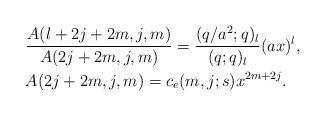
LaTeX: \begin{align*}&{A(l+2j+2m,j,m)\over A(2j+2m,j,m)}={(q/a^2;q)_l\over (q;q)_l} (ax)^l,\\&A(2j+2m,j,m)=c_e(m,j;s)x^{2m+2j}.\end{align*}